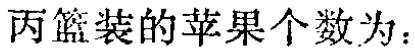
丙篮装的苹果个数为：